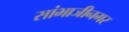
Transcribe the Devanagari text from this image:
सांभाजीनगर